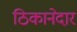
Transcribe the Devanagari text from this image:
ठिकानेदार